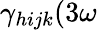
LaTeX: \gamma_{hijk}(3\omega